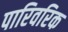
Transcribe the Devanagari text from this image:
पारिवरिक